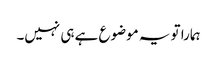
ہمارا تو یہ موضوع ہے ہی نہیں۔